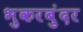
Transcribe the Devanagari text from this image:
भुकरबुंदर